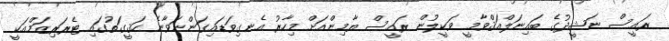
ރައީސް ނަޝީދުގެ ބައިނަލްއަޤްވާމީ ވަކީލުން ރައީސް ޔާމިންއަށް މިހާރު އެނގިވަޑައިގަންނަވާނެ ހަޤީގަތުގައި ޓެރަރިޒަމްއަކީ